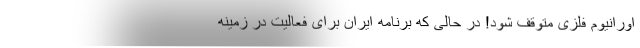
اورانیوم فلزی متوقف شود! در حالی که برنامه ایران برای فعالیت در زمینه